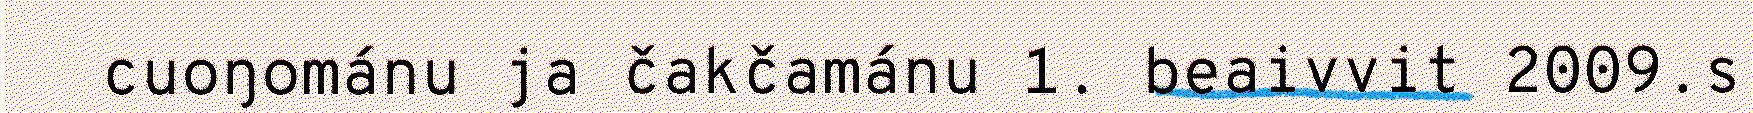
cuoŋománu ja čakčamánu 1. beaivvit 2009.s